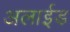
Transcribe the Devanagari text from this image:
अलाईड